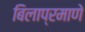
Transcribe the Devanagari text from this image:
बिलाप्रमाणे